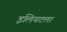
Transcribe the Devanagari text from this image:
इलियटला